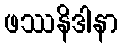
ဖဿနိဒါနာ